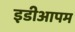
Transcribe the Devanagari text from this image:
इडीआपम